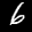
Label: 6